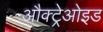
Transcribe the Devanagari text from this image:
औक्ट्रेओइड